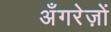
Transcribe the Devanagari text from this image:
अँगरेज़ों